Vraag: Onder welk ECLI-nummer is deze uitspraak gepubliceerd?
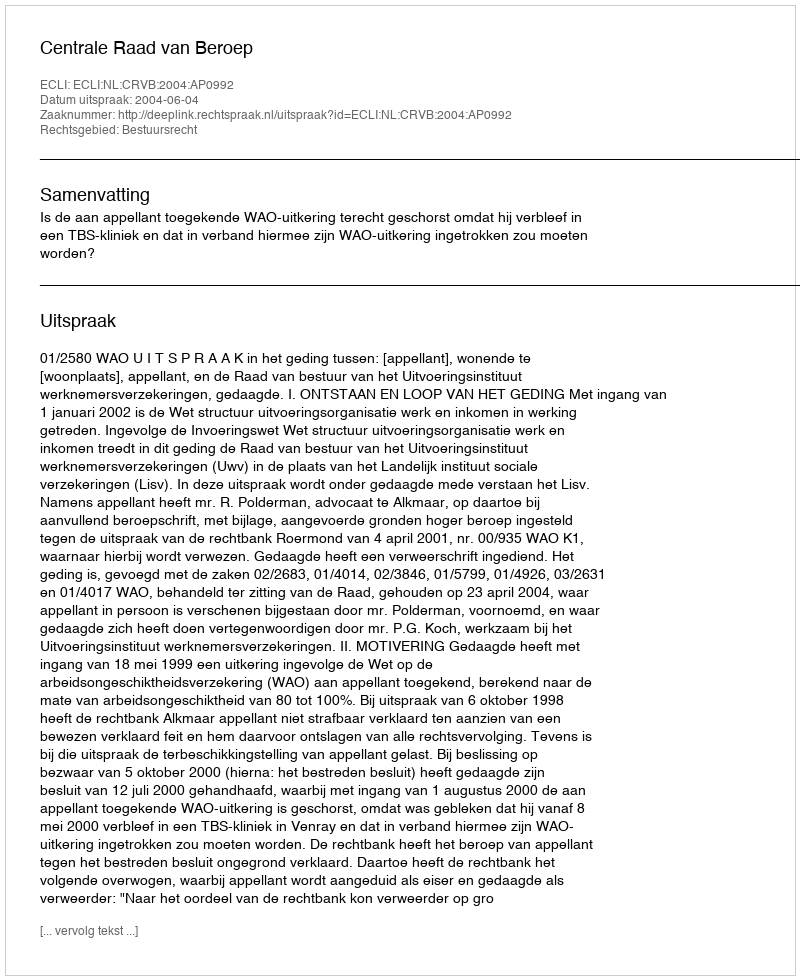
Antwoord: ECLI:NL:CRVB:2004:AP0992